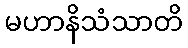
မဟာနိသံသာတိ